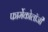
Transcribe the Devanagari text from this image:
फार्मेकोलॉजी